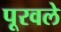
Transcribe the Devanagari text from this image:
पूरवले